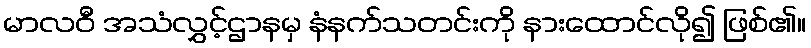
မာလဝီ အသံလွှင့်ဌာနမှ နံနက်သတင်းကို နားထောင်လို၍ ဖြစ်၏။